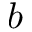
b